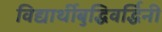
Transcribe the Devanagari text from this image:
विद्यार्थीबुद्धिवर्द्धिनी